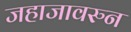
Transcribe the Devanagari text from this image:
जहाजावरुन